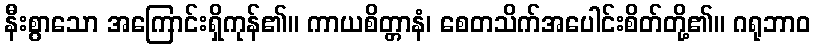
နီးစွာသော အကြောင်းရှိကုန်၏။ ကာယစိတ္တာနံ၊ စေတသိက်အပေါင်းစိတ်တို့၏။ ဂရုဘာဝ